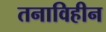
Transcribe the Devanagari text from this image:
तनाविहीन